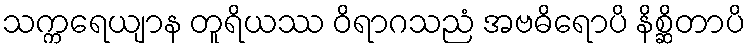
သက္ကရေယျာန တူရိယဿ ဝိရာဂသညံ အဗဓိရောပိ နိစ္ဆိတာပိ